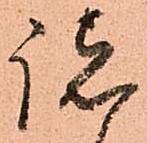
諸